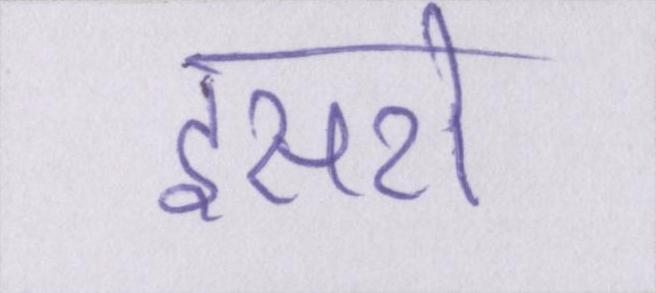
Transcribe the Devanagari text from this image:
इसरो